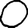
Digit: 0